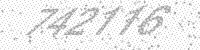
Solution: 742116